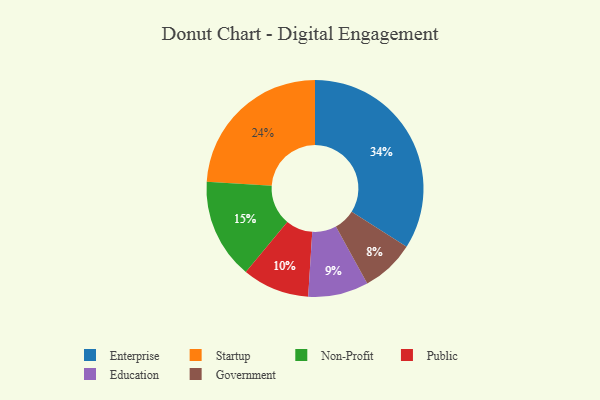
{"axis": {"x": "Category", "y": "Percentage"}, "legend": ["Education", "Enterprise", "Government", "Non-Profit", "Public", "Startup"], "data": [{"x": "Startup", "y": 24, "type": "Startup"}, {"x": "Education", "y": 9, "type": "Education"}, {"x": "Non-Profit", "y": 15, "type": "Non-Profit"}, {"x": "Government", "y": 8, "type": "Government"}, {"x": "Enterprise", "y": 34, "type": "Enterprise"}, {"x": "Public", "y": 10, "type": "Public"}]}